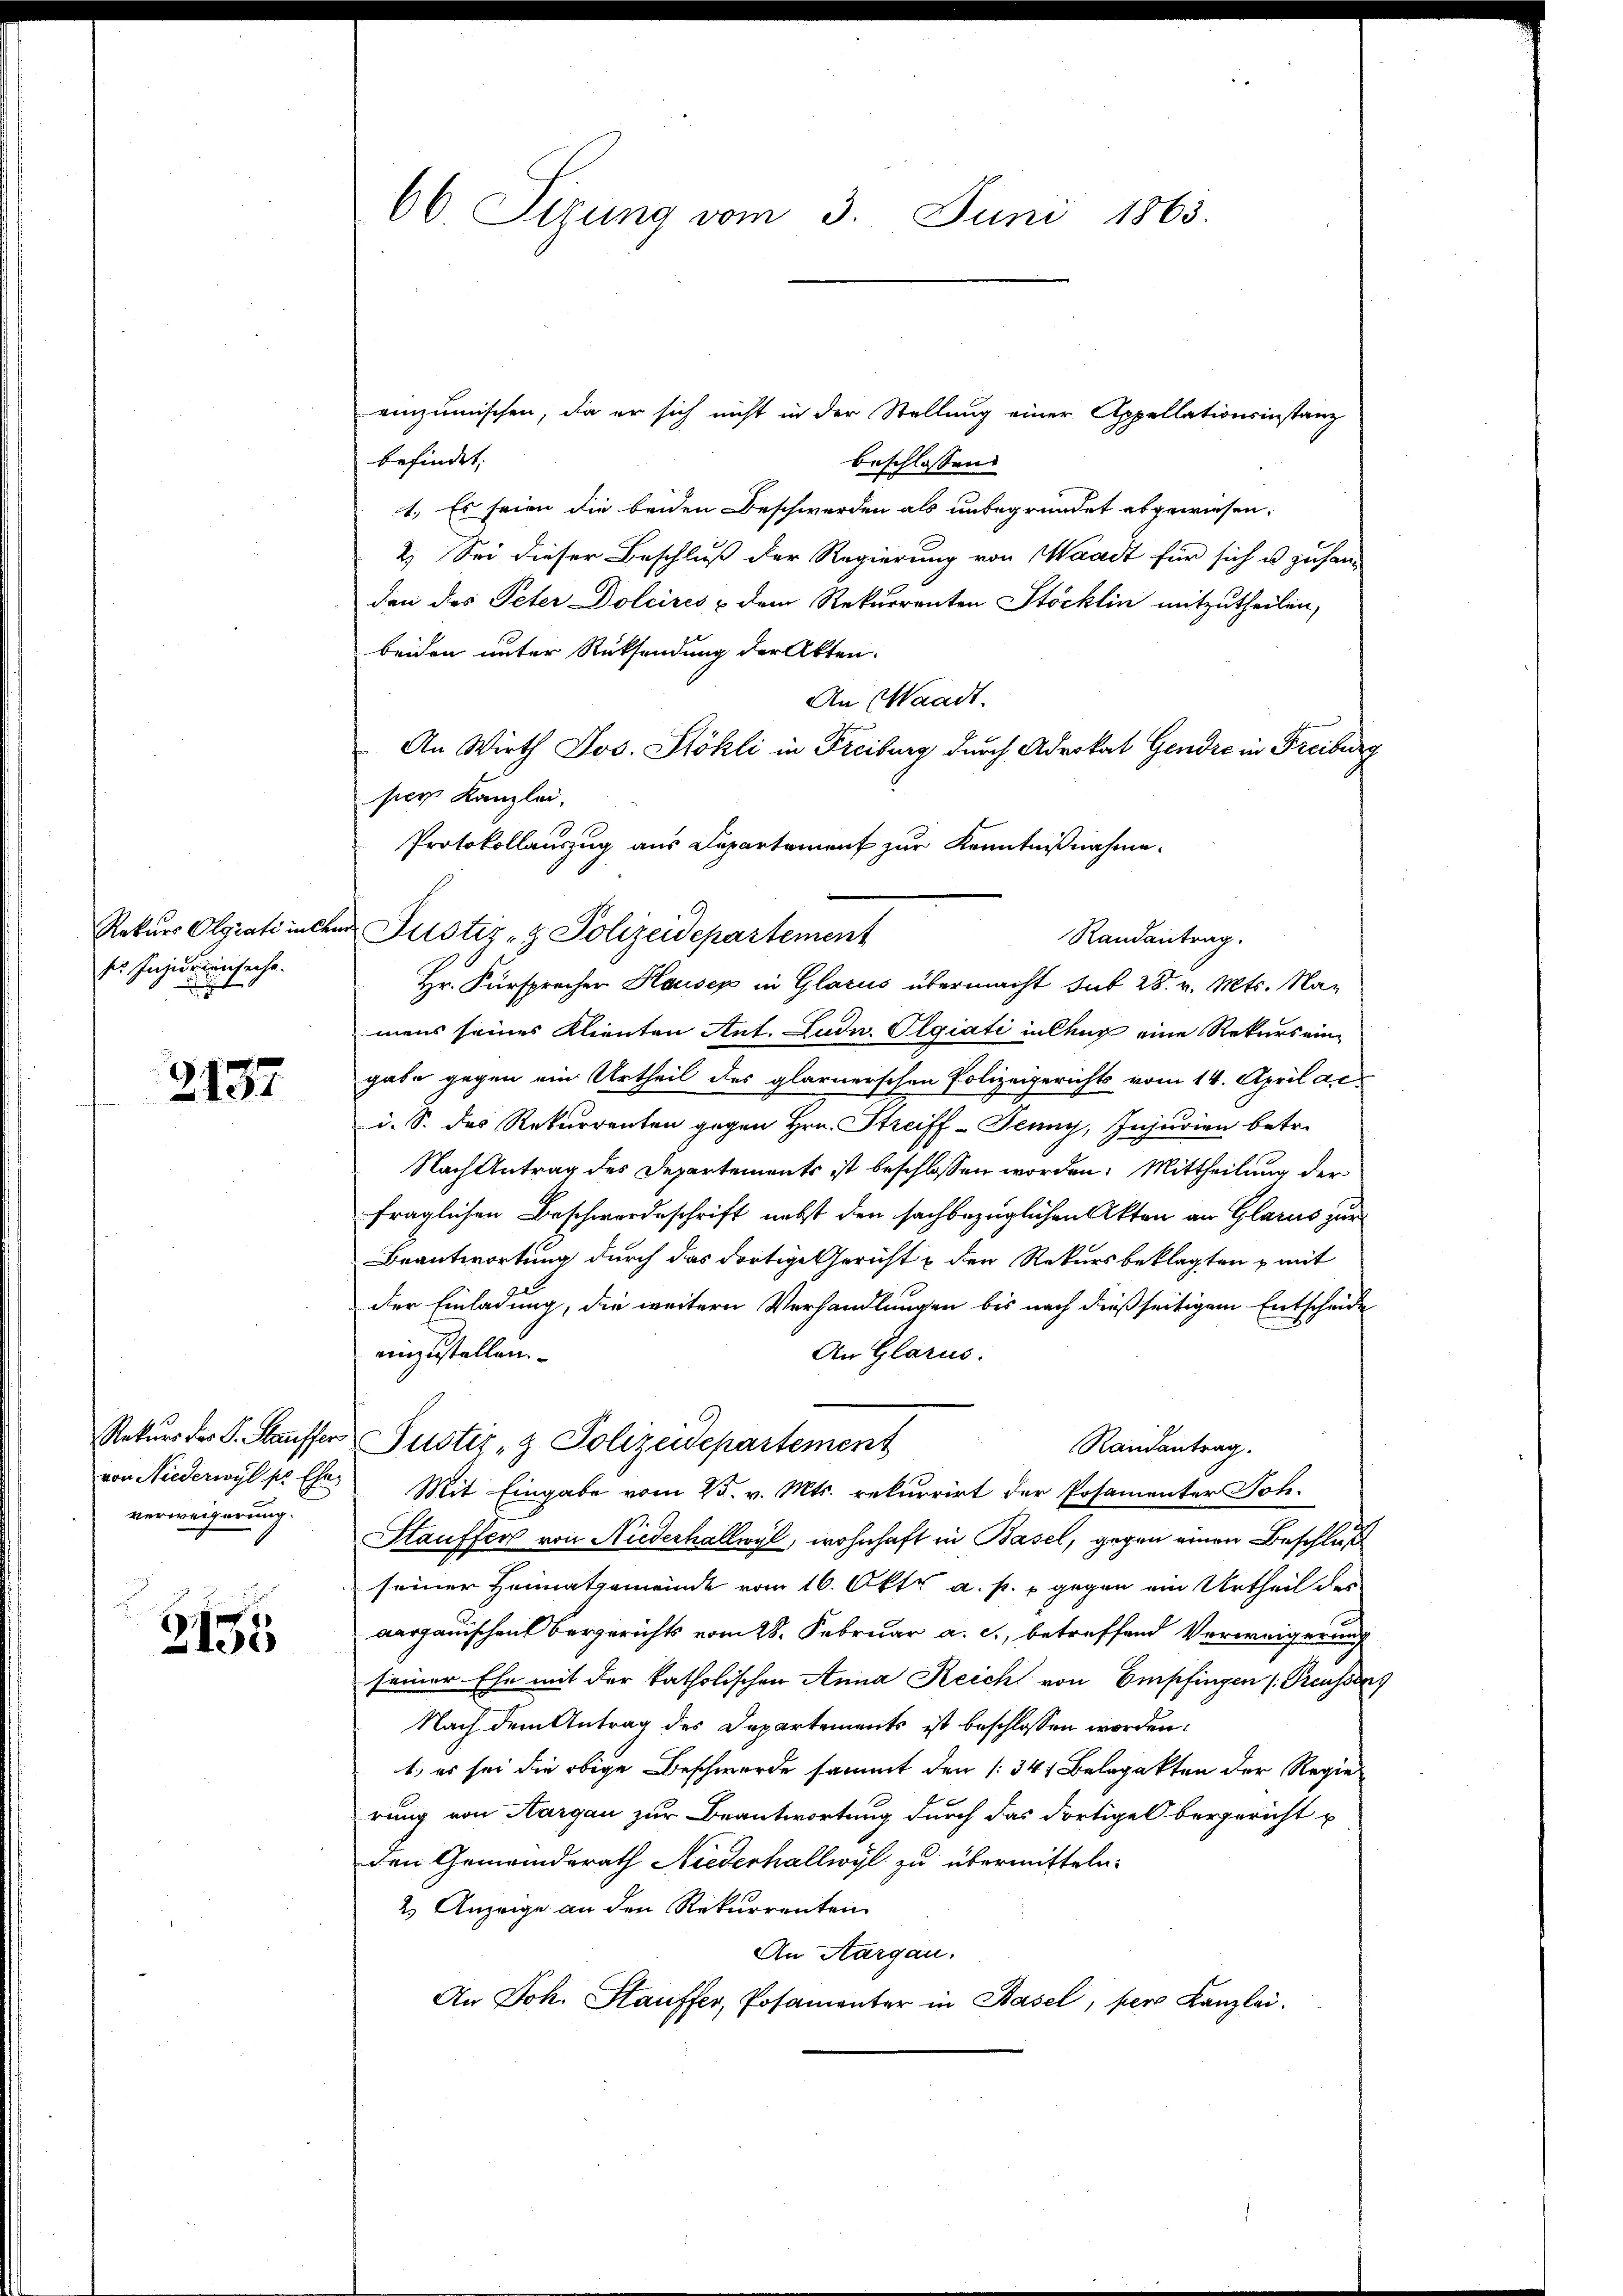
Rekurs Olgrati inte
ses Inzionensache.

2137

verweigerung.

Z135

66 Sizung vom 3. Juni 1863.

einzumischen, die er sich nicht in der Stellung einer Appellationsinstanz
befindet:
beschlossen
1. Es seien die beiden Beschwerden als unbegründet abgewiesen.
2. Sei dieser Beschluß der Regierung von Waadt für sich es zu handen des Peter Dolcires & dem Rekurrenten Stöcklin mitzutheilen,
beiden unter Rücksendung der Akten.
An Waadt.
An Wirth Jos. Stöhli in Freiburg durch Advokat Gendre in Freiburg
per Kanzlei,
Protokollauszug aus Departement zur Kenntnißnahme.
Hr. Fürsprecher Hauser in Glarus übermacht sub 28. v. Mts. Namens seines Klienten Ant. Ludu. Olgiati inlhug eine Rekurs eingabe gegen ein Urtheil des glarnerschen Polizeigerichts vom 14. April ac
i. S. des Rekurrenten gegen Hrn. Streiff-Penny, Injurien betr.
Nach Antrag des Departements ist beschlossen worden. Mittheilung der
fraglichen Beschwerdeschrift nebst den sachbezüglichen Akten an Glarus zur
Beantwortung durch das dortige Gericht & den Rekursbeklagten, mit
der Einladung, die weitern Verhandlungen bis nach dießseitigem Entscheide
An Glarus.
einzustellen.
Rekurs der L. Stauffer Justiz- & Polizeidepartement
Randantrag.
von Niederwyl kr Ehes Mit Eingabe vom 25. v. Mts. rekurrirt der Posamenter Joh.
Htauffer von Niederhallwyl, wohnhaft in Basel, gegen einen Beschluß
seiner Heimatgemeinde vom 16. Okt. a. p. 1 gegen ein Urtheil der
aargauischen Bergerichts vom 28. Februar a. c., betreffend Verweigerung
seiner Ehe mit der katholischen Anna Reich von Empfingen (Preusse
Nach dem Antrag des Departements ist beschlossen worden:
1., es sei die obige Beschwerde sammt den (: 344 Belagakten der Regie
rung von Aargau zur Beantwortung durch das dortige bergericht u
den Gemeinderath Niederhallwyl zu übermitteln.
2.) Anzeige an den Rekurrenten
An Aargau.
An Joh. Stauffer, Posamenter in Basel, per Kanzlei.

er Justiz- & Polizeidepartement

Randantrag.